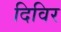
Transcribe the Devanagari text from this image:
दिविर